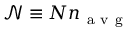
\mathscr { N } \equiv N n _ { \mathrm { ~ a ~ v ~ g ~ } }